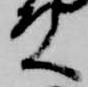
殿